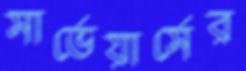
সার্ভেয়ার্সের